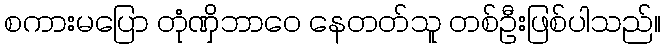
စကားမပြော တုံဏှိဘာဝေ နေတတ်သူ တစ်ဦးဖြစ်ပါသည်။